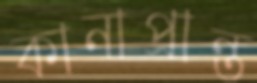
কানাপ্রান্ত